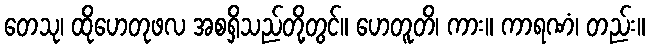
တေသု၊ ထိုဟေတုဖလ အစရှိသည်တို့တွင်။ ဟေတူတိ၊ ကား။ ကာရဏံ၊ တည်း။